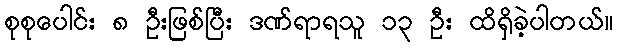
စုစုပေါင်း ၈ ဦးဖြစ်ပြီး ဒဏ်ရာရသူ ၁၃ ဦး ထိရှိခဲ့ပါတယ်။